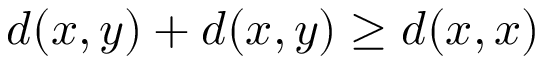
d ( x , y ) + d ( x , y ) \geq d ( x , x )